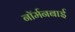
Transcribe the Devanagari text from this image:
नॉर्मनबाई